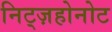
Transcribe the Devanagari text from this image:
निट्ज़होनोट